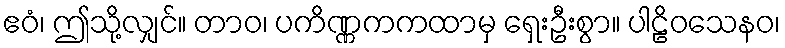
ဧဝံ၊ ဤသို့လျှင်။ တာဝ၊ ပကိဏ္ဏကကထာမှ ရှေးဦးစွာ။ ပါဠိဝသေနဝ၊